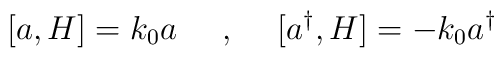
[a,H]=k_0 a\makebox[.5in]{,}[a^{\dagger},H]=-k_0 a^{\dagger}